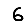
Digit: 6